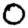
Digit: 0